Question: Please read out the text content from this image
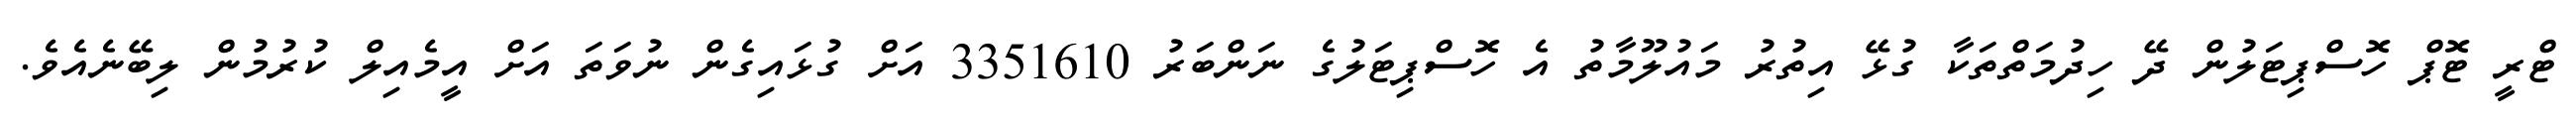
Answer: ޓްރީ ޓޮޕް ހޮސްޕިޓަލުން ދޭ ހިދުމަތްތަކާ ގުޅޭ އިތުރު މައުލޫމާތު އެ ހޮސްޕިޓަލުގެ ނަންބަރު 3351610 އަށް ގުޅައިގެން ނުވަތަ އަށް އީމެއިލް ކުރުމުން ލިބޭނެއެވެ.